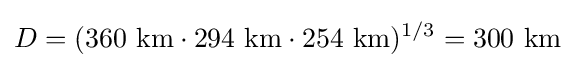
D=(360~{\text{km}}\cdot 294~{\text{km}}\cdot 254~{\text{km}})^{1/3}=300{\text{ km}}